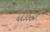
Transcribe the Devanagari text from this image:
५६३३७२